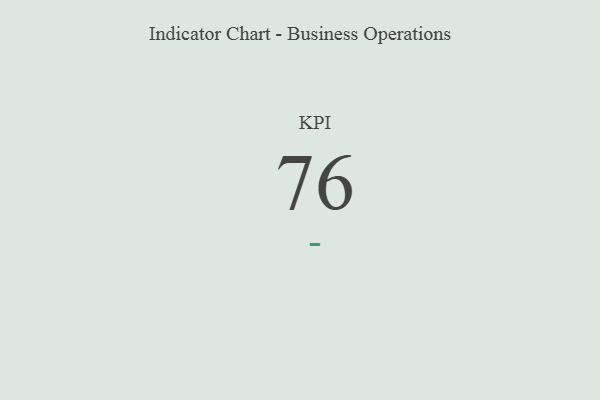
{"axis": {"x": "KPI", "y": "Value"}, "legend": [""], "data": [{"x": "KPI", "y": 76, "type": ""}]}